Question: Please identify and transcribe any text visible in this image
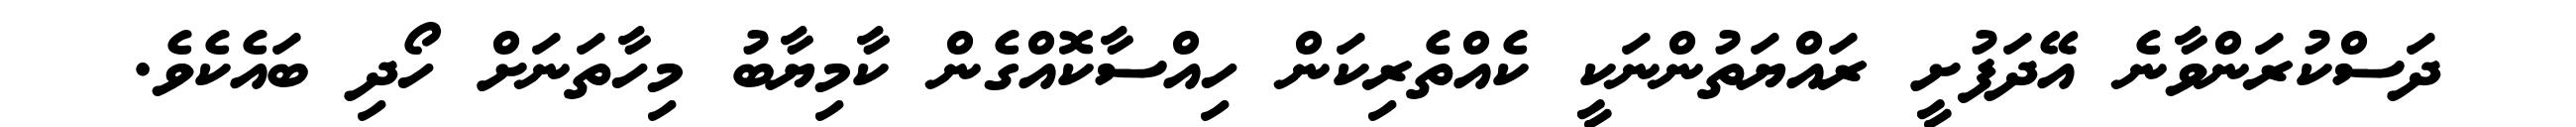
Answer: ދަސްކުރަންވާނެ އޭދަފުށީ ރައްޔަތުންނަކީ ކެއްތެރިކަން ހިއްސާކޮއްގެން ކާމިޔާބު މިހާތަނަށް ހޯދި ބައެކެވެ.